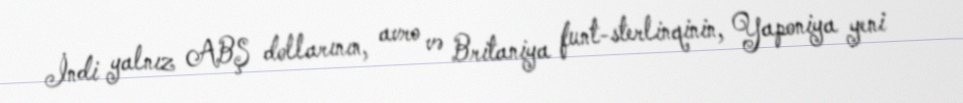
İndi yalnız ABŞ dollarının, avro və Britaniya funt-sterlinqinin, Yaponiya yeni